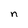
Character: n